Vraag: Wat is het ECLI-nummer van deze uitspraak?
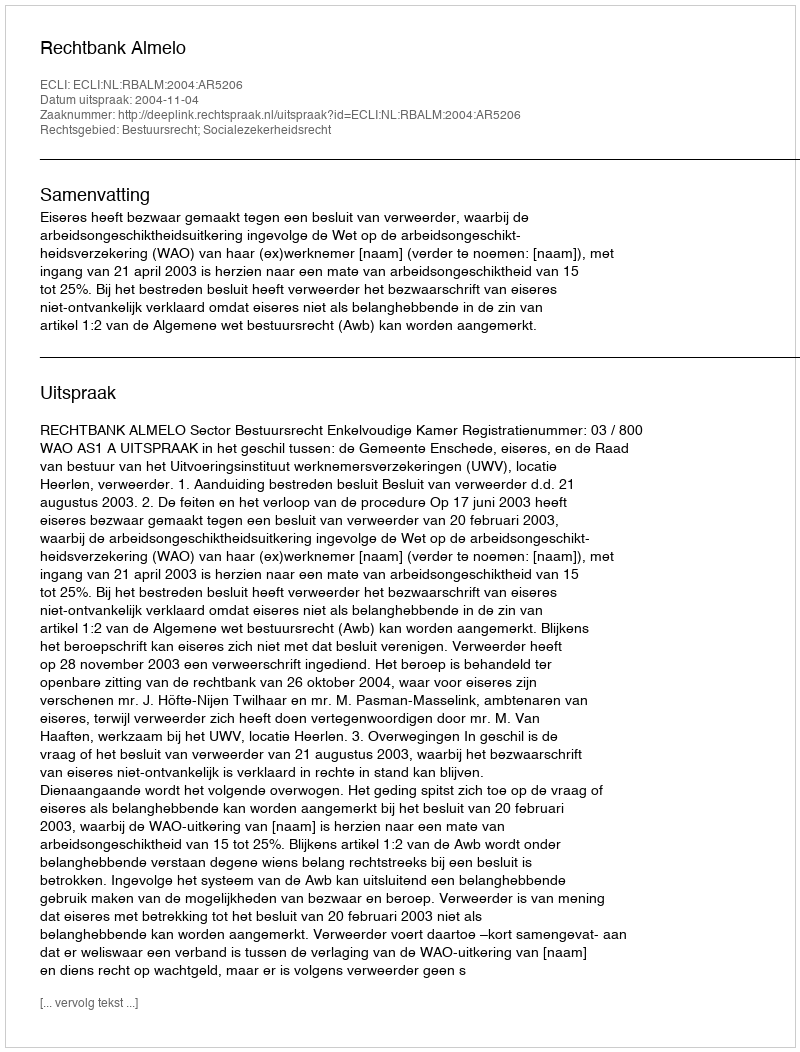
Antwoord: ECLI:NL:RBALM:2004:AR5206